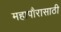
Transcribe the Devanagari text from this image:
महापौरासाठी